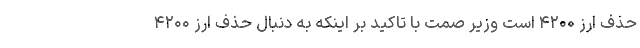
حذف ارز ۴۲۰۰ است وزیر صمت با تاکید بر اینکه به دنبال حذف ارز ۴۲۰۰